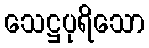
သေဋ္ဌပုရိသော